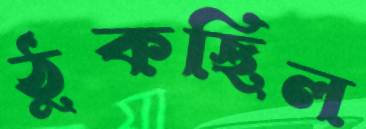
ঠুকছিল